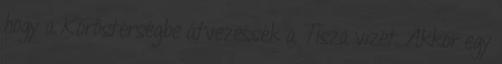
hogy a Köröstérségbe átvezessék a Tisza vizét. Akkor egy